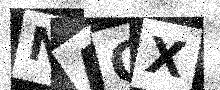
Text: NAOX